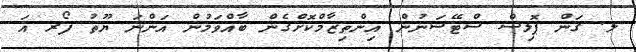
ލ. ގަން ޕޮލިސް ސްޓޭޝަނުން އިންތިޒާމްކޮށްްގެން ބާއްވަމުން އަންނަ ޔޫތު ފޯރ އަ